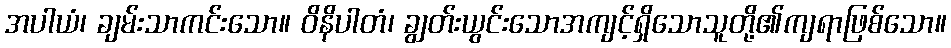
အပါယံ၊ ချမ်းသာကင်းသော။ ဝိနိပါတံ၊ ချွတ်းယွင်းသောအကျင့်ရှိသောသူတို့၏ကျရာဖြစ်သော။